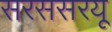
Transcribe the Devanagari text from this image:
सरससरयू